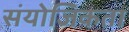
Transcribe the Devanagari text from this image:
संयोजिकता